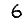
Digit: 6